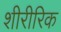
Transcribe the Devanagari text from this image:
शीरीरिक